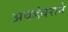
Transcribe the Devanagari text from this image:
अवडंबराने